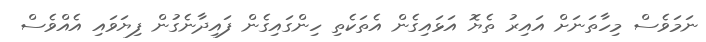
ނަމަވެސް މިހާތަނަށް އައިރު ތެޔޮ އަޅައިގެން އެތަކެތި ހިންގައިގެން ފައިދާނެގުން ފިޔަވައި އެއްވެސް